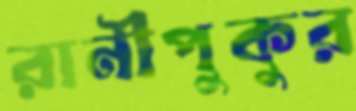
রানীপুকুর